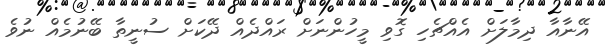
އޭނާއާ ދިމާލަށް އެއްޗެހި ގޮވި މީހުންނަށް ރައްދެއް ދޭކަށް ސުނީތާ ބޭނުމެއް ނުވެ